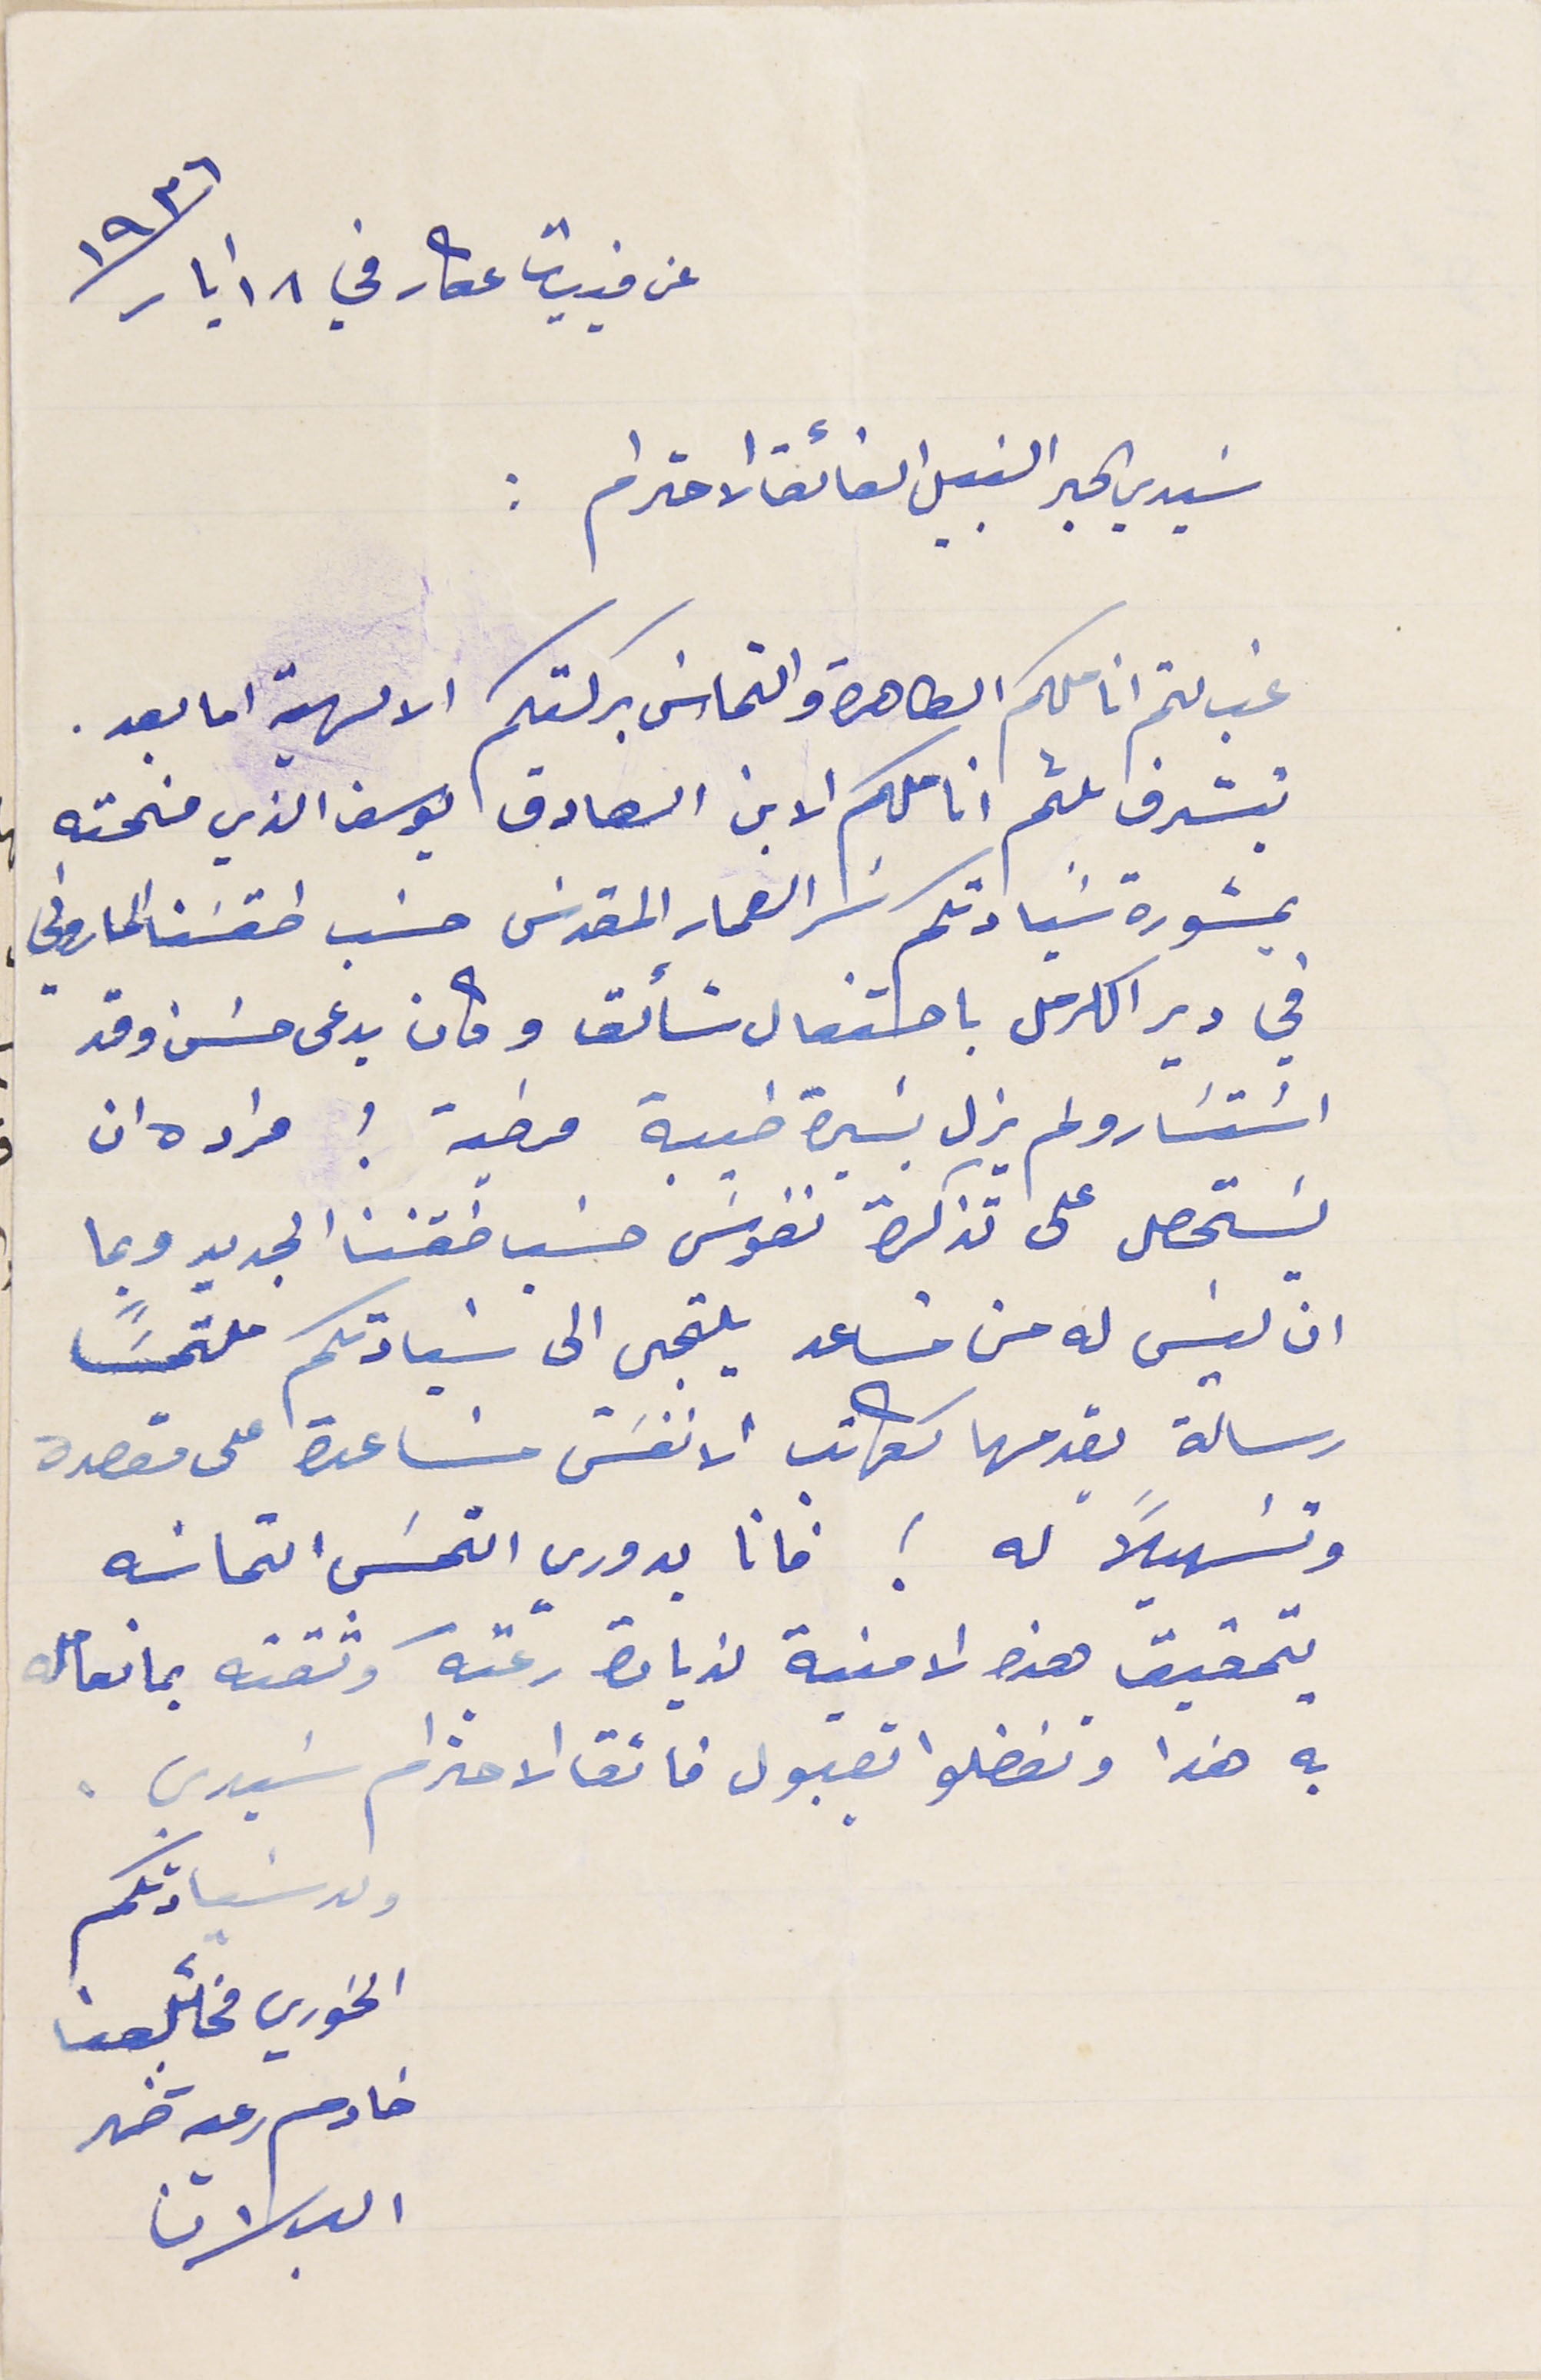
عن فبيات عكار في ١٨ أيار سنة ١٩٣٦
سَيدي الحبر النبيل الفائق الاحترام :
غب لثم اناملكم الطاهرة والتماسَ بركتكم الالهية اما بعد .
يتشرف بلثم اناملكم الابن الصادق يوسف الذي منحته
بمشورة سَيادتكم سَر العماد المقدسَ حسَب طقسَنا الماروني،
في دير الكرمل باحتفال شائق وكان يدعى حسَن وقد
اسَتسَار ولم يزل بسَيرة طيبة مرضية ؛ مراده ان
يسَتحصل على تذكرة نفوسَ حسَب طقسَنا الجديد وبما
ان ليسَ له من مسَاعد يلتجي الى سَيادتكم ملتمسًَا
رسالة يقدمها ككاتب الانفسَ مسَاعدة على مقصدة
وتسَهيلاً له ! فانا يدوري التمسَ التماسَه
بتحقيق هذا الامنية لزيادة رغبته وثقته بما تعامله
به هذا وتفضلوا بقبول فائق الاحترام سَيدي .
ولد سَيادتكم
الخوري مخائل حنا
خادم رعِة ضهر البلان